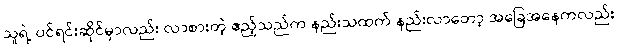
သူရဲ့ ပင်ရင်းဆိုင်မှာလည်း လာစားတဲ့ ဧည့်သည်က နည်းသထက် နည်းလာတော့ အခြေအနေကလည်း